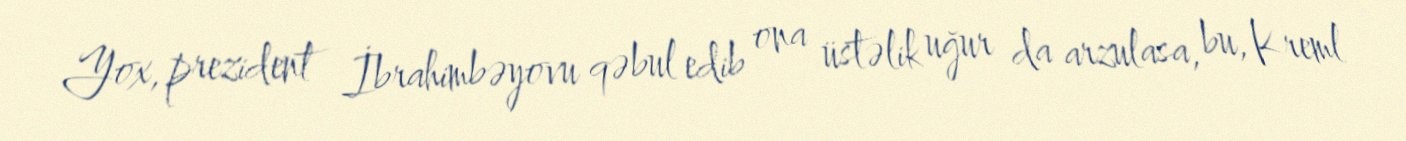
Yox, prezident İbrahimbəyovu qəbul edib ona üstəlik uğur da arzulasa, bu, Kreml